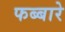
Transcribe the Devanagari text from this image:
फब्बारे